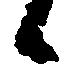
候